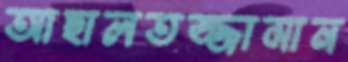
আছালতজ্জামান